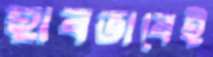
হাবভাবেই